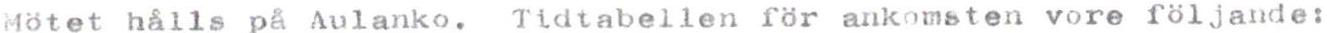
Mötet hålls på Aulanko. Tidtabellen för ankomsten vore följande: